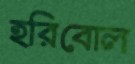
হরিবোল